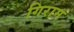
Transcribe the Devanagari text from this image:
गिराम